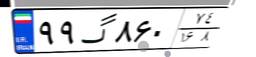
۹۹گ۸۶۰۷۴